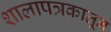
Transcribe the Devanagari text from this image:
शालापत्रकातून